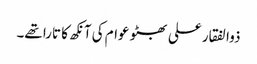
ذوالفقار علی بھٹو عوام کی آنکھ کا تارا تھے۔